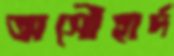
অসৌহার্দ